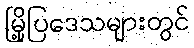
မြို့ပြဒေသများတွင်